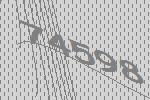
74598